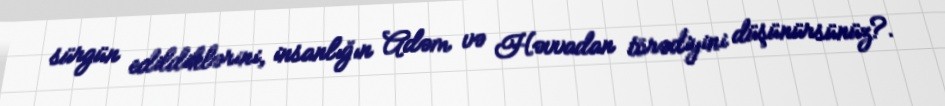
sürgün edildiklərini, insanlığın Adəm və Həvvadan törədiyini düşünürsünüz?.